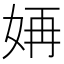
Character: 𫰝